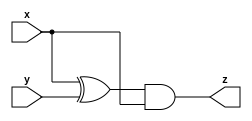
module A (input x, input y, output z);
    assign z = (x^y)&x;
endmodule

module B ( input x, input y, output z );
    assign z = ~(x^y);
endmodule


module top_module (input x, input y, output z);
    wire IA1_Z;
    wire IA2_Z;
    wire IB1_Z;
    wire IB2_Z;
    wire q1;
    wire q2;
    assign q1 = IA1_Z|IB1_Z;
    assign q2 = IA2_Z&IB2_Z;
    assign z = q1^q2;
    A IA1(.x(x), .y(y),.z(IA1_Z));
    B IB1(.x(x), .y(y),.z(IB1_Z));
    B IB2(.x(x), .y(y),.z(IB2_Z));
    A IA2(.x(x), .y(y),.z(IA2_Z));



endmodule